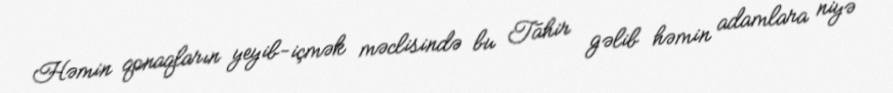
Həmin qonaqların yeyib-içmək məclisində bu Tahir gəlib həmin adamlara niyə